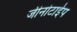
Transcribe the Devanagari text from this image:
जीनोटाईप